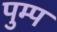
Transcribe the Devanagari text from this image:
पुम्प